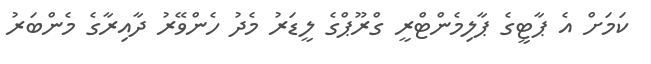
ކަމަށް އެ ޕާޓީގެ ޕާލިމެންޓްރީ ގްރޫޕްގެ ލީޑަރު މެދު ހެންވޭރު ދާއިރާގެ މެންބަރު